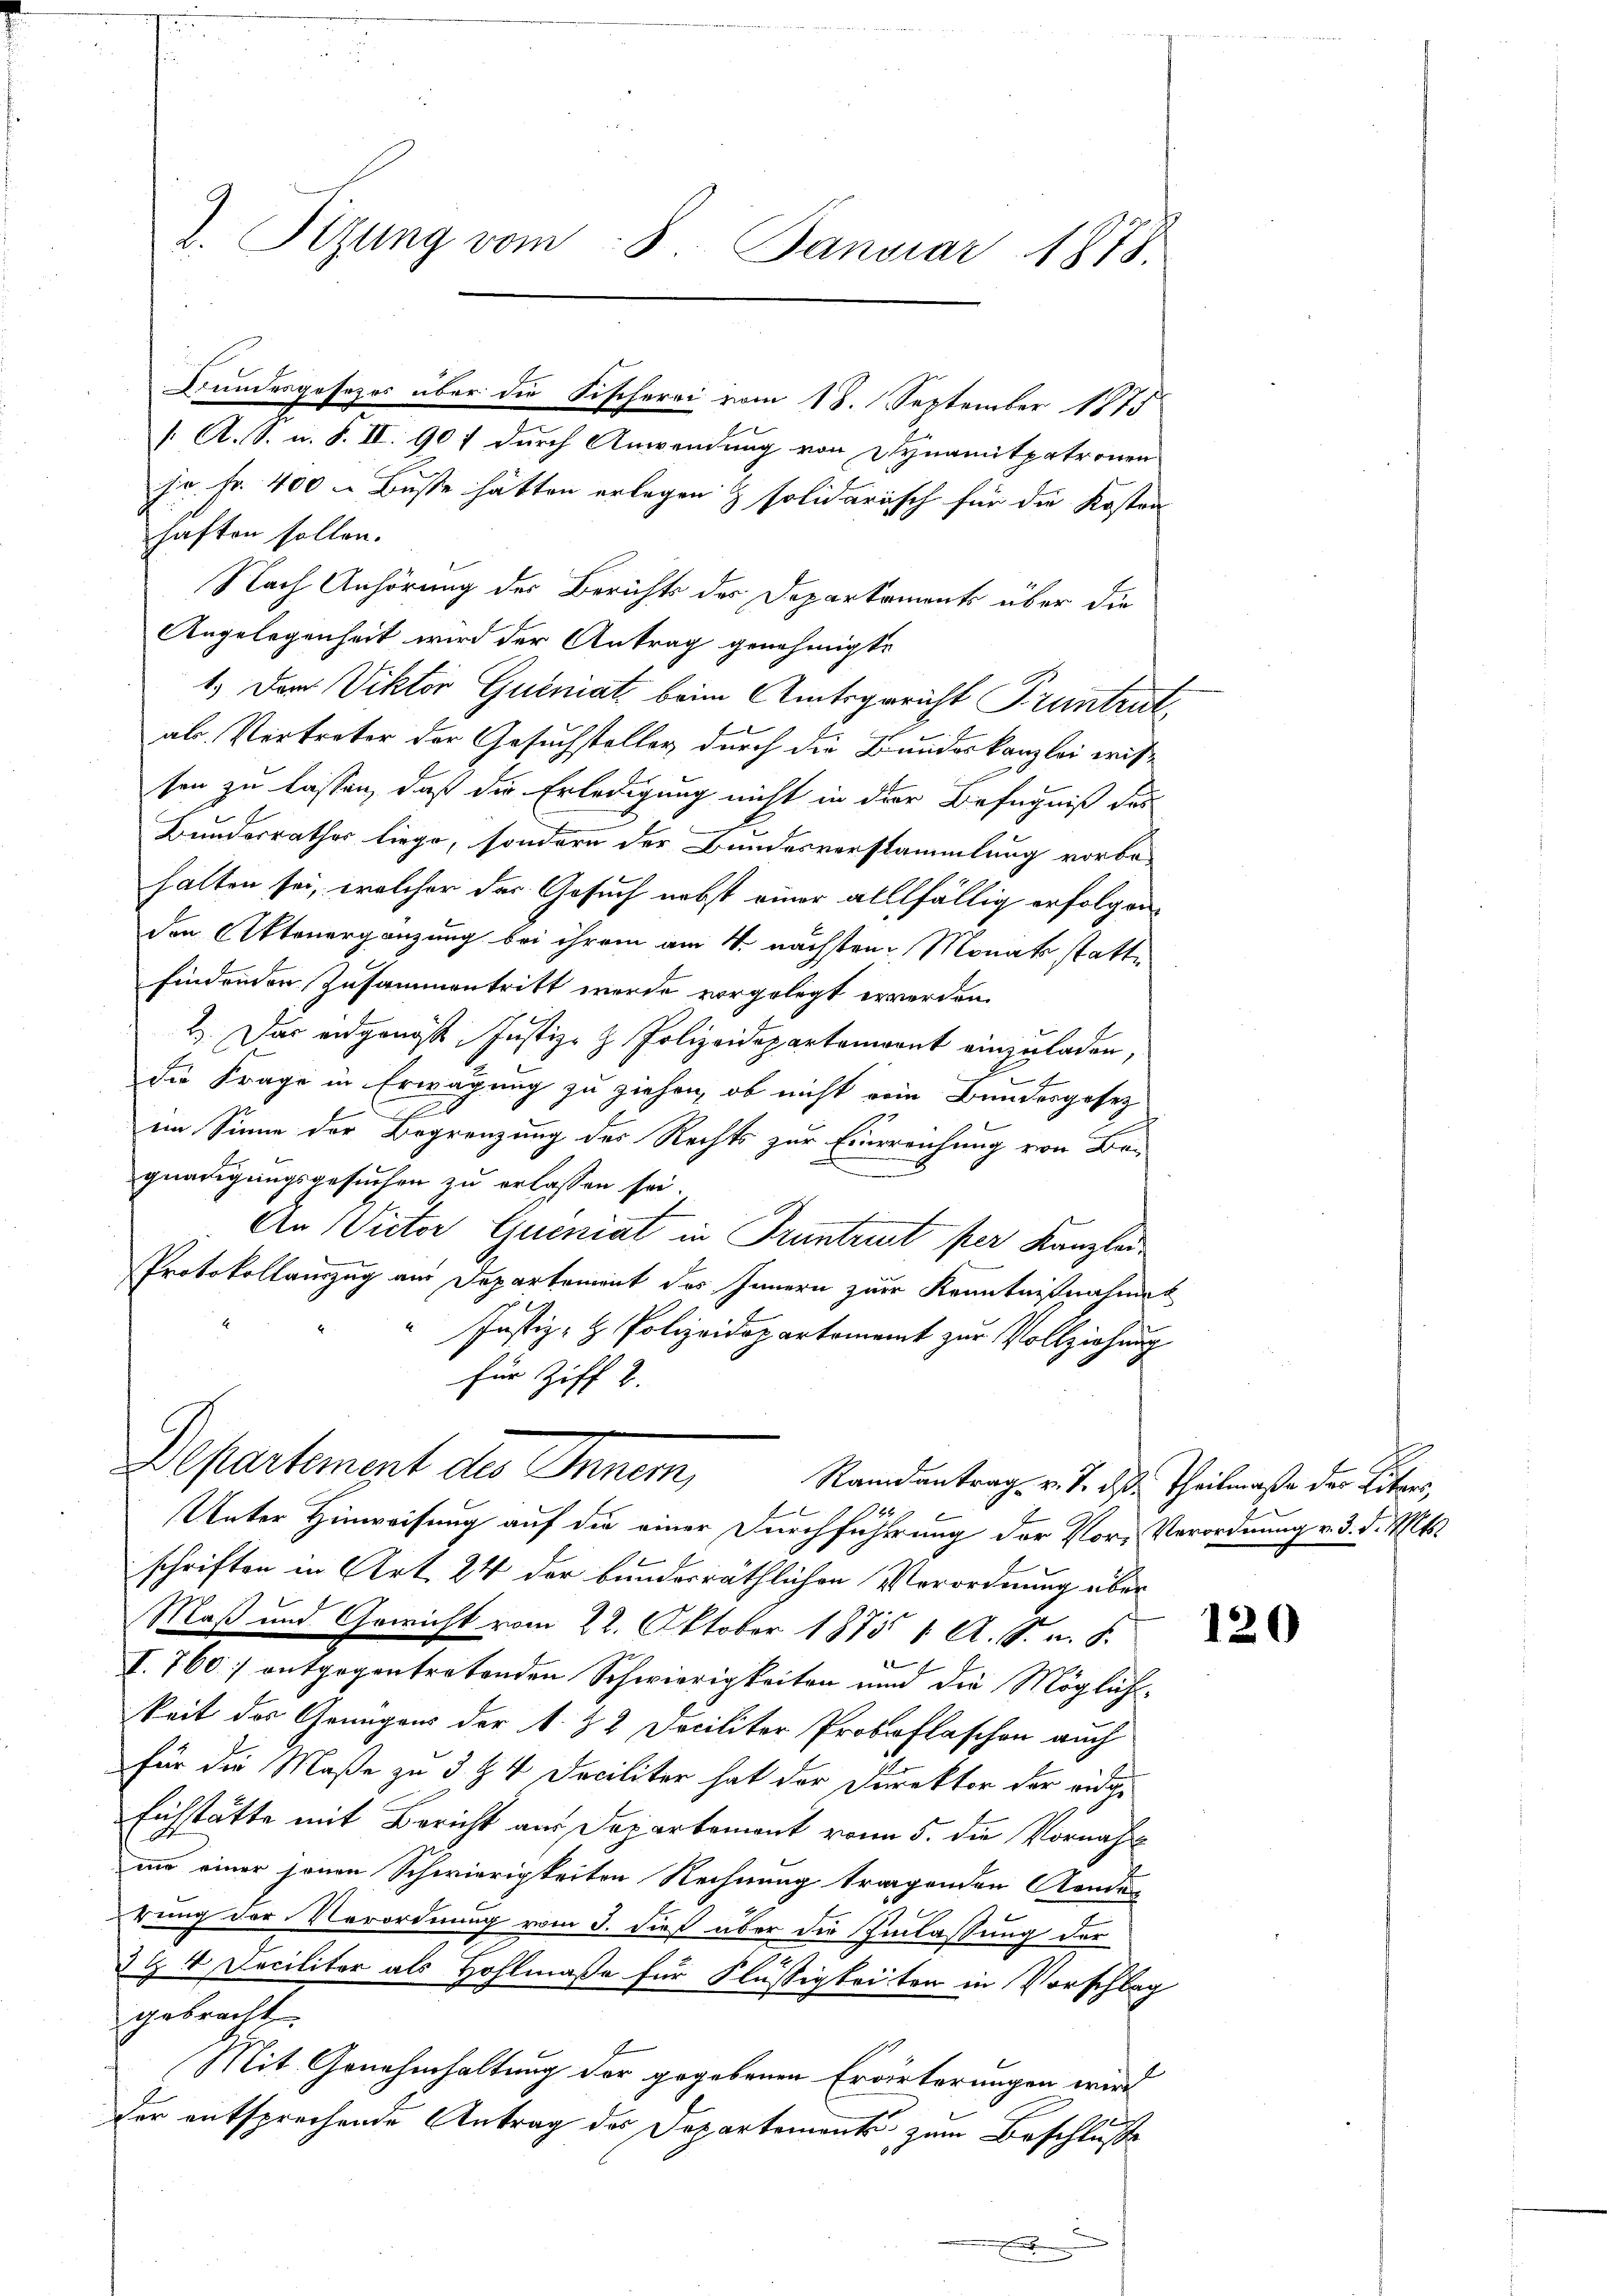
jr. Fr. 400 - Buße hätten erlegen & solidarisch für die Kosten
haften sollen.
Nach Anhörung des Berichts des Departament über die
Angelegenheit wird der Antrag genehmigte
1.) Der Viktor Queniat, beim Amtsgericht Pruntrut
ab. Vertreter der Gesuchsteller durch die Bundeskanzlei wis
sen zu lassen, daß die Erledigung nicht in der Befugniß des
Bundesrathes liege, sondern der Bundesverstammlung vorbehalten sei, welcher das Gesuch nebst einer allfällig erfolgenden Aktenergänzung bei ihrem am 4. nächsten Monats statte
findenden Zusammentritt werde vorgelegt erwerden.
2. Das eidgangst, Justiz- & Polizeidepartenannt einzuladen,
die Frage in Erwägung zu ziehen, ob nicht vom Bundesgesez
im Sinne der Begrenzung des Rechts zur Einreichung von Be-
gnadigungsgesuchen zu erlassen sei.
An Victor Queniat in Pruntrut per Kanzlei
Protokollauszug am Departement des Innern zur Kenntnißnahmet
Justiz- & Polizeidepartement zur Vollziehung
für Ziff 2.
Departement des Inner,
Randantrag v. J. daß Theilmaße der Liters,
Unter Hinweisung auf die einer Durchführung der Vor- Verordnung v. 3. d. Mts.
schriften in Art. 24 der bunderräthlichen Verordnung über
Maß und Gewicht vom 22. Oktober 1873 1. A. S. v. 8.
a
I. 760] entgegentretenden Schwierigkeiten und die Möglich-
keit der Genügens der N. 82 Dociliter Prokoflaschen auch
für die Maße zu 3 § 4 Deciliter hat der Direktor der eidge
Eichstätte mit Bericht am Departement vom 5. die Vornahm
m einer jenen Schwierigkeiten Rechnung tragenden Aendes
rung der Verordnung vom 3. dieß über die Einlassung der
3t 4 Decilitar als Hohlmaße für Flüssigkeiten in Vorschlag
gebracht
Mit Genehmhaltung der gegebenen Erörterungen wird
Der entsprechende Antrag des Departements zum Beschluße
n

d. Sizung vom 8. Januar 1878.

Bundesgosezes über die Fischerei vom 18. September 1875
/. A. S. u. S. II. 90 f durch Anwendung von Dynamitpatronen

120